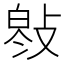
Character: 𢾓